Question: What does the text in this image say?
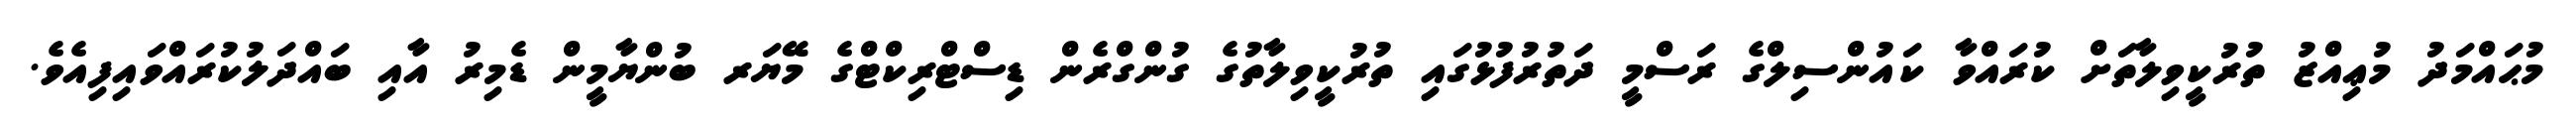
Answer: މުޙައްމަދު މުޢިއްޒު ތުރުކީވިލާތަށް ކުރައްވާ ކައުންސިލްގެ ރަސްމީ ދަތުރުފުޅުގައި ތުރުކީވިލާތުގެ ގުންގްރެން ޑިސްޓްރިކްޓްގެ މޭޔަރ ބުންޔާމީން ޑެމިރު އާއި ބައްދަލުކުރައްވައިފިއެވެ.